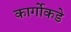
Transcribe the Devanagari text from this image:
कार्गोकडे